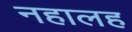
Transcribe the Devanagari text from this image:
नहालह